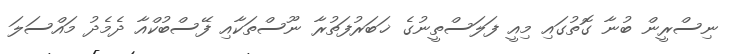
ނިސްރީން ބުނާ ގޮތުގައި މިއީ ފަލަސްތީނުގެ ޚަބަރުފަތުރާ ނޫސްތަކާއި ފޭސްބުކްއާ ދެމެދު މައްސަލަ